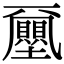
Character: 𡔈